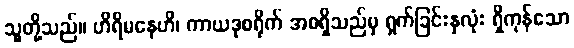
သူတို့သည်။ ဟိရိမနေဟိ၊ ကာယဒုစရိုက် အစရှိသည်မှ ရှက်ခြင်းနှလုံး ရှိကုန်သော